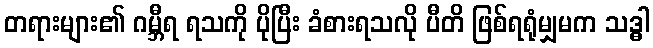
တရားများ၏ ဂမ္ဘီရ ရသကို ပိုပြီး ခံစားရသလို ပီတိ ဖြစ်ရရုံမျှမက သဒ္ဓါ